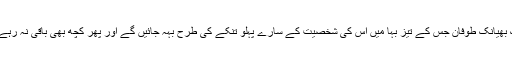
ایک بھیانک طوفان جس کے تیز بہا میں اُس کی شخصیت کے سارے پہلو تنکے کی طرح بہہ جائیں گے اور پھر کچھ بھی باقی نہ رہے گا۔